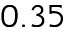
0 . 3 5